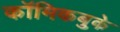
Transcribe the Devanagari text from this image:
कॉमिकबुके